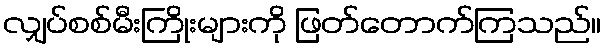
လျှပ်စစ်မီးကြိုးများကို ဖြတ်တောက်ကြသည်။